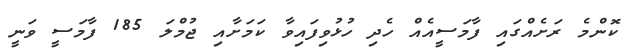
ކޮންމެ ރަށެއްގައި ފާމަސީއެއް ހެދި ހުޅުވިފައިވާ ކަމަށާއި ޖުމްލަ 185 ފާމަސީ ވަނީ